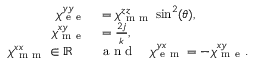
\begin{array} { r l } { \chi _ { \mathrm { ~ e ~ e ~ } } ^ { y y } } & { { } = \chi _ { \mathrm { ~ m ~ m ~ } } ^ { z z } \sin ^ { 2 } ( \theta ) , } \\ { \chi _ { \mathrm { ~ m ~ e ~ } } ^ { x y } } & { { } = \frac { 2 j } { k } , } \\ { \chi _ { \mathrm { ~ m ~ m ~ } } ^ { x x } \in \mathbb { R } \quad } & { { } \mathrm { ~ a ~ n ~ d ~ } \quad \chi _ { \mathrm { ~ e ~ m ~ } } ^ { y x } = - \chi _ { \mathrm { ~ m ~ e ~ } } ^ { x y } . } \end{array}